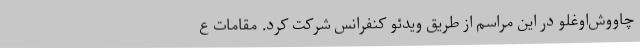
چاووش‌اوغلو در این مراسم از طریق ویدئو کنفرانس شرکت کرد. مقامات ع